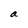
Character: a